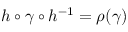
h \circ \gamma \circ h ^ { - 1 } = \rho ( \gamma )